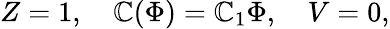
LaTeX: Z=1,\ \ \ \ \mathbb{C}(\Phi)=\mathbb{C}_{1}\Phi,\ \ \ \ V=0,